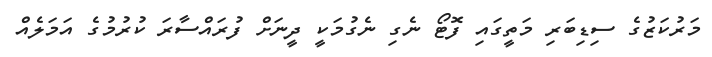
މަރުކަޒުގެ ސިޑިބަރި މަތީގައި ފޮޓޯ ނެގި ނެގުމަކީ ދީނަށް ފުރައްސާރަ ކުރުމުގެ އަމަލެއް